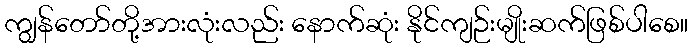
ကျွန်တော်တို့အားလုံးလည်း နောက်ဆုံး နိုင်ကျဉ်းမျိုးဆက်ဖြစ်ပါစေ။